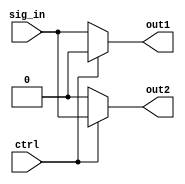
module demux_1to2 (
    input wire sig_in,
    input wire ctrl,
    output reg out1,
    output reg out2
);

always @(*) begin
    if (ctrl == 1'b0) begin
        out1 = sig_in;
        out2 = 1'b0;
    end else begin
        out1 = 1'b0;
        out2 = sig_in;
    end
end

endmodule